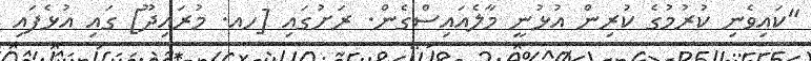
"ކައިވެނި ކުރުމުގެ ކުރިން އުޅުނީ މާލެއައިސްގެން. ރަށުގައި [ހއ. މުރައިދޫ] ގައި އުޅެފައި